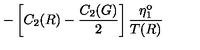
- \left[ C _ { 2 } ( R ) - \frac { C _ { 2 } ( G ) } { 2 } \right] \frac { \eta _ { 1 } ^ { \mathrm { o } } } { T ( R ) }